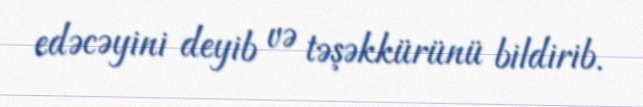
edəcəyini deyib və təşəkkürünü bildirib.